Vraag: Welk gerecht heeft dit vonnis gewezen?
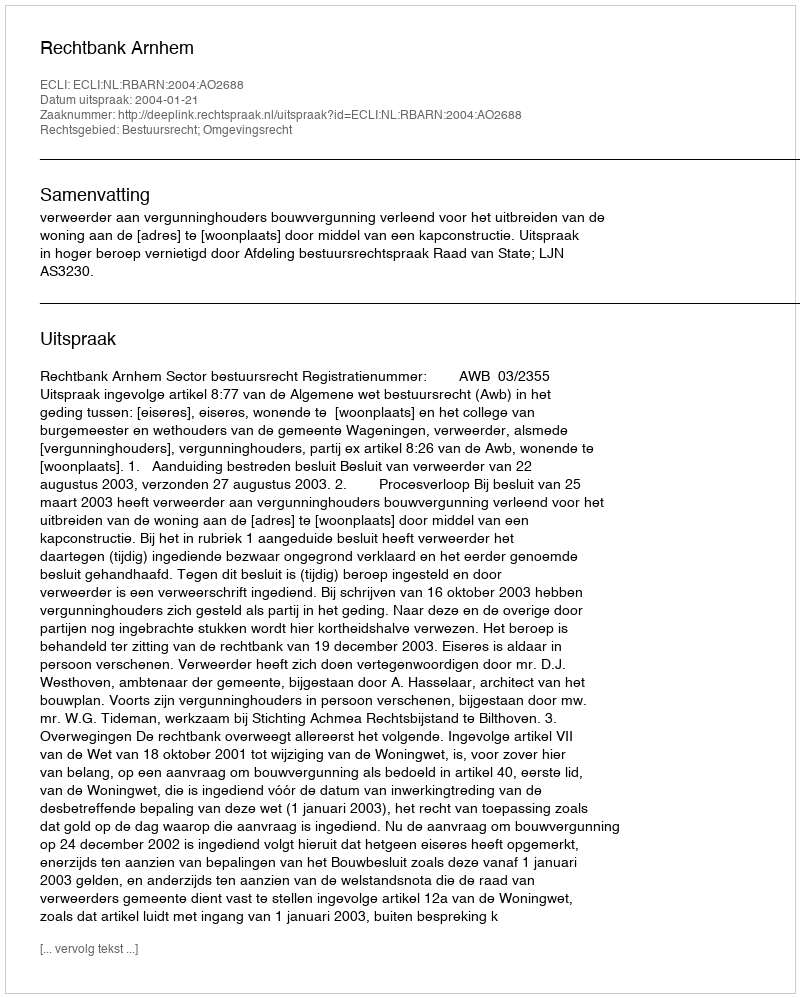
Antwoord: Rechtbank Arnhem